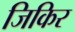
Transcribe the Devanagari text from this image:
जिकिर